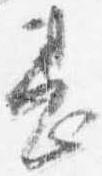
甚